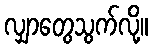
လျှာတွေသွက်လို့။